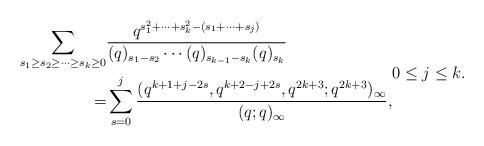
LaTeX: \begin{align*}\begin{aligned}\sum_{ s_1\ge s_2\ge\cdots\ge s_{k}\ge 0}&\frac{q^{s_1^2+\cdots +s_k^2-(s_1+\cdots +s_j)} }{(q)_{s_1-s_2}\cdots (q)_{s_{k-1}-s_{k}}(q)_{s_{k}}}\\=&\sum_{s=0}^j \frac{(q^{k+1+j-2s},q^{k+2-j+2s},q^{2k+3};q^{2k+3})_\infty}{(q;q)_\infty},\end{aligned} 0\le j\le k.\end{align*}